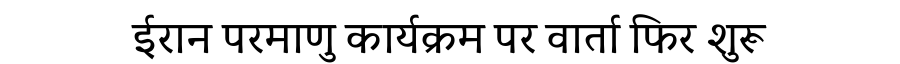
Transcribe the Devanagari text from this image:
ईरान परमाणु कार्यक्रम पर वार्ता फिर शुरू